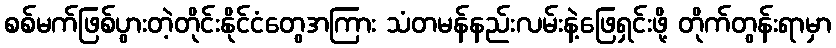
စစ်မက်ဖြစ်ပွားတဲ့တိုင်းနိုင်ငံတွေအကြား သံတမန်နည်းလမ်းနဲ့ဖြေရှင်းဖို့ တိုက်တွန်းရာမှာ